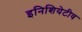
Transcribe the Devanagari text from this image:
इनिशियेटीव